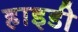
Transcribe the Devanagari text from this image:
हाइडी